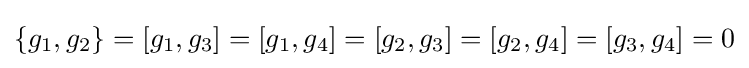
\left\{g_{1},g_{2}\right\}=\left[g_{1},g_{3}\right]=\left[g_{1},g_{4}\right]=\left[g_{2},g_{3}\right]=\left[g_{2},g_{4}\right]=\left[g_{3},g_{4}\right]=0